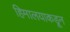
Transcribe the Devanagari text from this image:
हिमालयाकडून